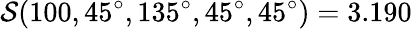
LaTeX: \mathcal{S}(100,45^{\circ},135^{\circ},45^{\circ},45^{\circ})=3.190